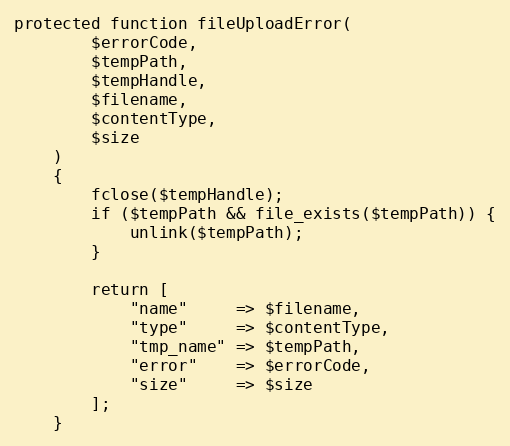
Language: PHP
protected function fileUploadError(
        $errorCode,
        $tempPath,
        $tempHandle,
        $filename,
        $contentType,
        $size
    )
    {
        fclose($tempHandle);
        if ($tempPath && file_exists($tempPath)) {
            unlink($tempPath);
        }

        return [
            "name"     => $filename,
            "type"     => $contentType,
            "tmp_name" => $tempPath,
            "error"    => $errorCode,
            "size"     => $size
        ];
    }